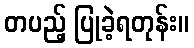
တပည့် ပြုခဲ့ရတုန်း။